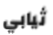
ثيابي